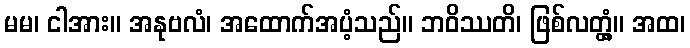
မမ၊ ငါအား။ အနုဗလံ၊ အထောက်အပံ့သည်။ ဘဝိဿတိ၊ ဖြစ်လတ္တံ့။ အထ၊